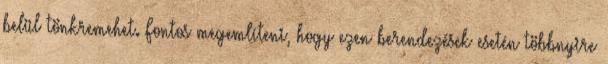
belül tönkremehet. Fontos megemlíteni, hogy ezen berendezések esetén többnyire